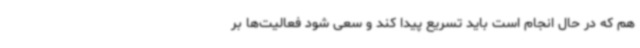
هم که در حال انجام است باید تسریع پیدا کند و سعی شود فعالیت‌ها بر